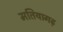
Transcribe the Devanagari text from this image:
मतियागढ़